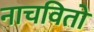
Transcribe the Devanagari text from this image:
नाचवितो